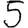
Digit: 5